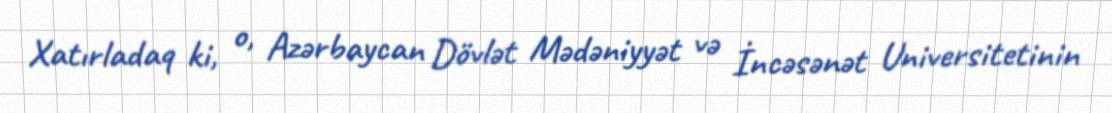
Xatırladaq ki, o, Azərbaycan Dövlət Mədəniyyət və İncəsənət Universitetinin